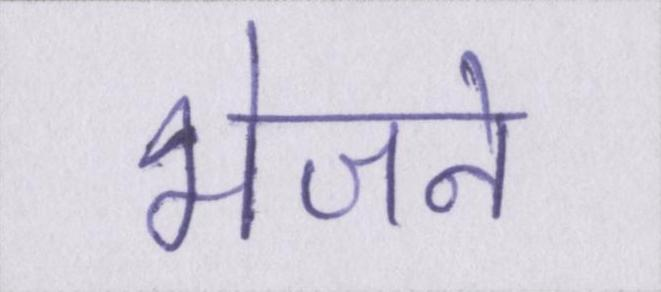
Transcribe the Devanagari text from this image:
भेजने